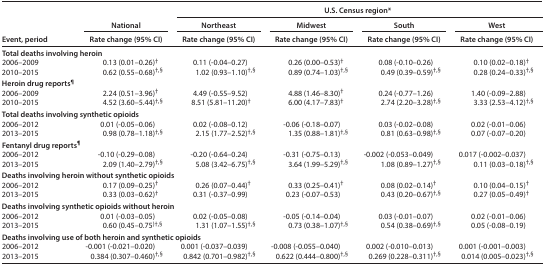
<table><thead><tr><td rowspan="3"><b>Event, period</b></td><td rowspan="2"><b>National</b></td><td colspan="4"><b>U.S. Census region*</b></td></tr><tr><td><b>Northeast</b></td><td><b>Midwest</b></td><td><b>South</b></td><td><b>West</b></td></tr><tr><td><b>Rate change (95% CI)</b></td><td><b>Rate change (95% CI)</b></td><td><b>Rate change (95% CI)</b></td><td><b>Rate change (95% CI)</b></td><td><b>Rate change (95% CI)</b></td></tr></thead><tbody><tr><td colspan="6"><b>Total deaths involving heroin</b></td></tr><tr><td>2006–2009</td><td>0.13 (0.01–0.26)<sup>†</sup></td><td>0.11 (-0.04–0.27)</td><td>0.26 (0.00–0.53)<sup>†</sup></td><td>0.08 (-0.10–0.26)</td><td>0.10 (0.02–0.18)<sup>†</sup></td></tr><tr><td>2010–2015</td><td>0.62 (0.55–0.68)<sup>†,§</sup></td><td>1.02 (0.93–1.10)<sup>†,§</sup></td><td>0.89 (0.74–1.03)<sup>†,§</sup></td><td>0.49 (0.39–0.59)<sup>†,§</sup></td><td>0.28 (0.24–0.33)<sup>†,§</sup></td></tr><tr><td colspan="6"><b>Heroin drug reports</b><sup>¶</sup></td></tr><tr><td>2006–2009</td><td>2.24 (0.51–3.96)<sup>†</sup></td><td>4.49 (-0.55–9.52)</td><td>4.88 (1.46–8.30)<sup>†</sup></td><td>0.24 (-0.77–1.26)</td><td>1.40 (-0.09–2.88)</td></tr><tr><td>2010–2015</td><td>4.52 (3.60–5.44)<sup>†,§</sup></td><td>8.51 (5.81–11.20)<sup>†</sup></td><td>6.00 (4.17–7.83)<sup>†</sup></td><td>2.74 (2.20–3.28)<sup>†,§</sup></td><td>3.33 (2.53–4.12)<sup>†,§</sup></td></tr><tr><td colspan="6"><b>Total deaths involving synthetic opioids</b></td></tr><tr><td>2006–2012</td><td>0.01 (-0.05–0.06)</td><td>0.02 (-0.08–0.12)</td><td>-0.06 (-0.18–0.07)</td><td>0.03 (-0.02–0.08)</td><td>0.02 (-0.01–0.06)</td></tr><tr><td>2013–2015</td><td>0.98 (0.78–1.18)<sup>†,§</sup></td><td>2.15 (1.77–2.52)<sup>†,§</sup></td><td>1.35 (0.88–1.81)<sup>†,§</sup></td><td>0.81 (0.63–0.98)<sup>†,§</sup></td><td>0.07 (-0.07–0.20)</td></tr><tr><td colspan="6"><b>Fentanyl drug reports</b><sup>¶</sup></td></tr><tr><td>2006–2012</td><td>-0.10 (-0.29–0.08)</td><td>-0.20 (-0.64–0.24)</td><td>-0.31 (-0.75–0.13)</td><td>-0.002 (-0.053–0.049)</td><td>0.017 (-0.002–0.037)</td></tr><tr><td>2013–2015</td><td>2.09 (1.40–2.79)<sup>†,§</sup></td><td>5.08 (3.42–6.75)<sup>†,§</sup></td><td>3.64 (1.99–5.29)<sup>†,§</sup></td><td>1.08 (0.89–1.27)<sup>†,§</sup></td><td>0.11 (0.03–0.18)<sup>†,§</sup></td></tr><tr><td colspan="6"><b>Deaths involving heroin without synthetic opioids</b></td></tr><tr><td>2006–2012</td><td>0.17 (0.09–0.25)<sup>†</sup></td><td>0.26 (0.07–0.44)<sup>†</sup></td><td>0.33 (0.25–0.41)<sup>†</sup></td><td>0.08 (0.02–0.14)<sup>†</sup></td><td>0.10 (0.04–0.15)<sup>†</sup></td></tr><tr><td>2013–2015</td><td>0.33 (0.03–0.62)<sup>†</sup></td><td>0.31 (-0.37–0.99)</td><td>0.23 (-0.07–0.53)</td><td>0.43 (0.20–0.67)<sup>†,§</sup></td><td>0.27 (0.05–0.49)<sup>†</sup></td></tr><tr><td colspan="6"><b>Deaths involving synthetic opioids without heroin</b></td></tr><tr><td>2006–2012</td><td>0.01 (-0.03–0.05)</td><td>0.02 (-0.05–0.08)</td><td>-0.05 (-0.14–0.04)</td><td>0.03 (-0.01–0.07)</td><td>0.02 (-0.01–0.06)</td></tr><tr><td>2013–2015</td><td>0.60 (0.45–0.75)<sup>†,§</sup></td><td>1.31 (1.07–1.55)<sup>†,§</sup></td><td>0.73 (0.38–1.07)<sup>†,§</sup></td><td>0.54 (0.38–0.69)<sup>†,§</sup></td><td>0.05 (-0.08–0.19)</td></tr><tr><td colspan="6"><b>Deaths involving use of both heroin and synthetic opioids</b></td></tr><tr><td>2006–2012</td><td>-0.001 (-0.021–0.020)</td><td>0.001 (-0.037–0.039)</td><td>-0.008 (-0.055–0.040)</td><td>0.002 (-0.010–0.013)</td><td>0.001 (-0.001–0.003)</td></tr><tr><td>2013–2015</td><td>0.384 (0.307–0.460)<sup>†,§</sup></td><td>0.842 (0.701–0.982)<sup>†,§</sup></td><td>0.622 (0.444–0.800)<sup>†,§</sup></td><td>0.269 (0.228–0.311)<sup>†,§</sup></td><td>0.014 (0.005–0.023)<sup>†,§</sup></td></tr></tbody></table>